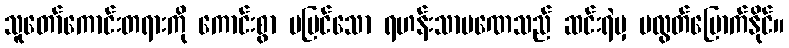
သူတော်ကောင်းတရားကို ကောင်းစွာ မမြင်သော ရဟန်းသာမဏေသည် ဆင်းရဲမှ မလွတ်မြောက်နိုင်။